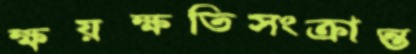
ক্ষয়ক্ষতিসংক্রান্ত